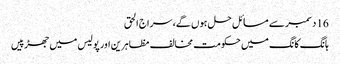
16 دسمبر سے مسائل حل ہوں گے، سراج الحق
ہانگ کانگ میں حکومت مخالف مظاہرین اور پولیس میں جھڑپیں